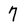
Character: 7